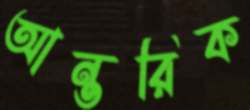
আন্তরিক